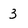
Character: 3